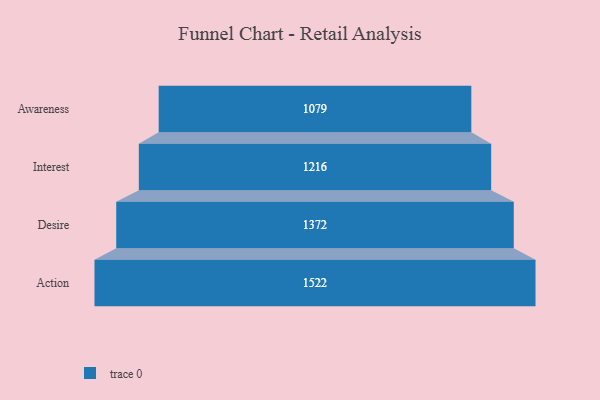
{"axis": {"x": "Stage", "y": "Value"}, "legend": [""], "data": [{"x": "Awareness", "y": 1079.0, "type": ""}, {"x": "Interest", "y": 1216.0, "type": ""}, {"x": "Desire", "y": 1372.0, "type": ""}, {"x": "Action", "y": 1522.0, "type": ""}]}